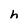
Character: h